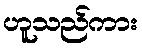
ဟူသည်ကား